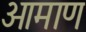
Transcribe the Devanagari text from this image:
ओमाण